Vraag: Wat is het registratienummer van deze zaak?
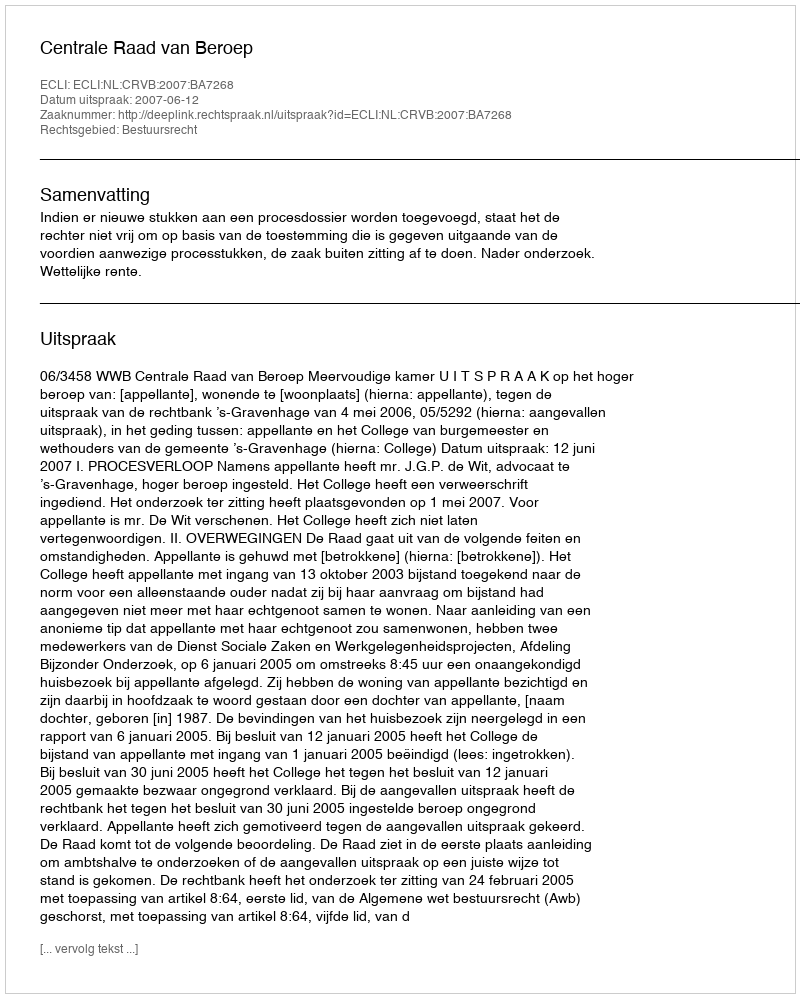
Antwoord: http://deeplink.rechtspraak.nl/uitspraak?id=ECLI:NL:CRVB:2007:BA7268